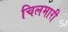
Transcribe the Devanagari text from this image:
चिलमारी